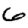
Digit: 6